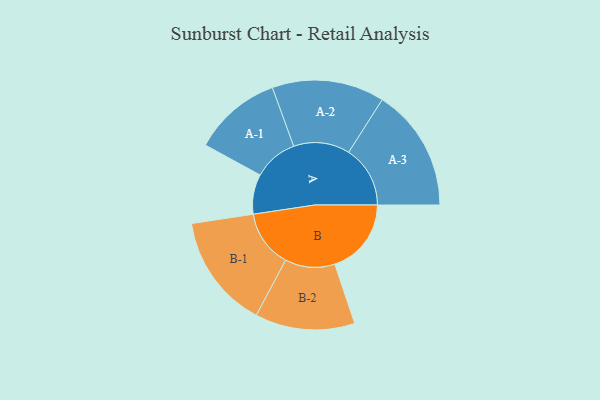
{"axis": {"x": "Segment", "y": "Value"}, "legend": ["", "A", "B"], "data": [{"x": "A", "y": 194, "type": ""}, {"x": "B", "y": 373, "type": ""}, {"x": "A-1", "y": 216, "type": "A"}, {"x": "A-2", "y": 274, "type": "A"}, {"x": "A-3", "y": 300, "type": "A"}, {"x": "B-1", "y": 279, "type": "B"}, {"x": "B-2", "y": 243, "type": "B"}]}